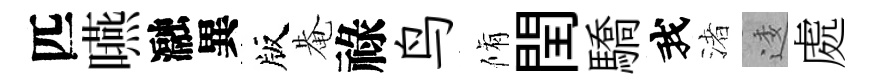
匹嚥瀜異版𤲅祿鸟脩閏驕我渚逶處